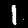
Label: 1